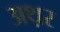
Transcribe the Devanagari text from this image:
अथ़र